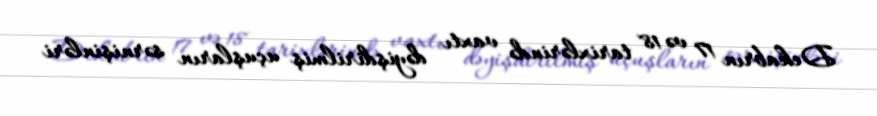
Dekabrın 17 və 18 tarixlərində vaxtı dəyişdirilmiş uçuşların sərnişinləri